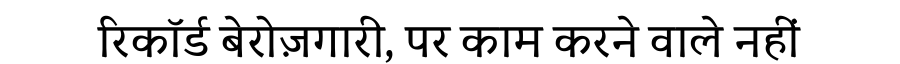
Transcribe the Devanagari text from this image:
रिकॉर्ड बेरोज़गारी, पर काम करने वाले नहीं